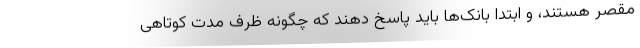
مقصر هستند، و ابتدا بانک‌ها باید پاسخ دهند که چگونه ظرف مدت کوتاهی